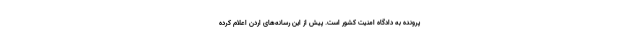
پرونده به دادگاه امنیت کشور است. پیش از این رسانه‌های اردن اعلام کرده